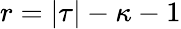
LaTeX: r=|\tau|-\kappa-1